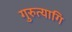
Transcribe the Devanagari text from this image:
गुरुत्यागि